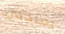
يمنحني